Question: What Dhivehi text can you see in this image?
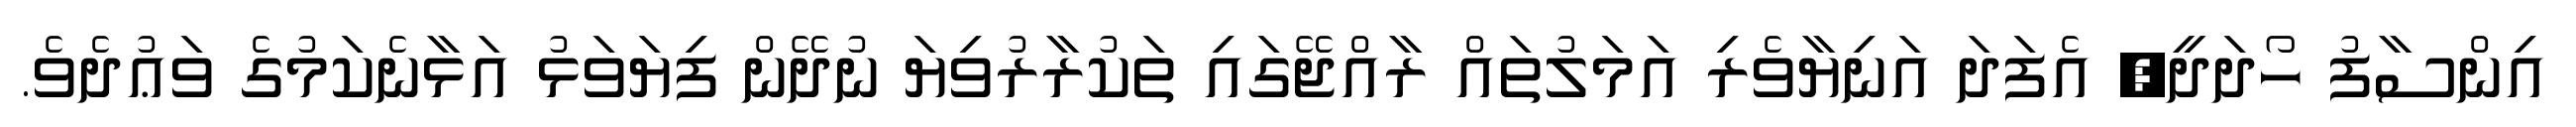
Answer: އިންސާފު ހޯދަދީ, އެފަދަ އަނިޔާވެރި އަމަލުތައް ރާއްޖޭގައި ތަކުރާރުވިޔަ ނުދޭން ފިޔަވަޅު އަޅާނެކަމުގެ ވަޢުދެވެ.